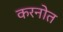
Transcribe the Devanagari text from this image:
करनोत